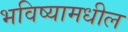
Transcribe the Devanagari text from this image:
भविष्यामधील